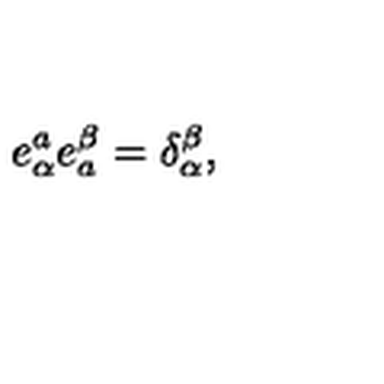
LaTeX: e _ { \alpha } ^ { a } e _ { a } ^ { \beta } = \delta _ { \alpha } ^ { \beta } ,